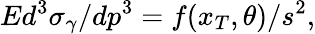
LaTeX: Ed^{3}\sigma_{\gamma}/dp^{3}=f(x_{T},\theta)/s^{2},